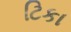
ટિકા